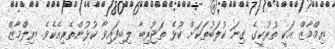
ޔިމްމާޒް އަކީ ތުރުކީގެ ގިނަ ކުލަބުތަކަށް ކުޅެ ތަޖުރިބާ ލިބިފައިވާ ކުޅުންތެރިއެކެވެ. ޔިލްމާޒް